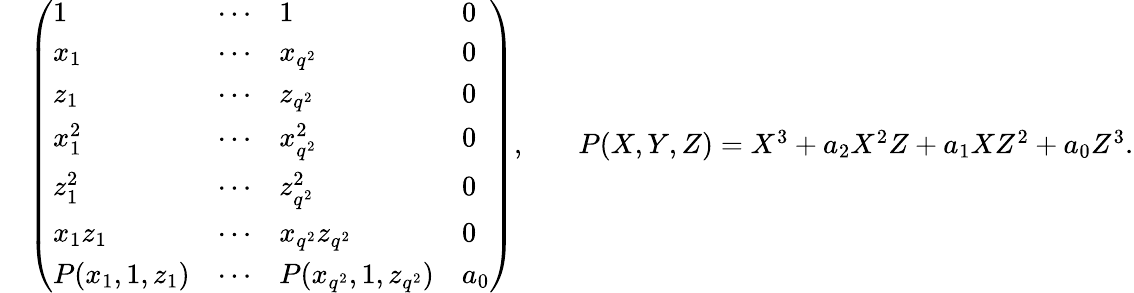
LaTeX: \begin{array}{rlrl}&{\left(\begin{array}{llll}{1}&{\cdots}&{1}&{0}\\ {x_{1}}&{\cdots}&{x_{q^{2}}}&{0}\\ {z_{1}}&{\cdots}&{z_{q^{2}}}&{0}\\ {x_{1}^{2}}&{\cdots}&{x_{q^{2}}^{2}}&{0}\\ {z_{1}^{2}}&{\cdots}&{z_{q^{2}}^{2}}&{0}\\ {x_{1}z_{1}}&{\cdots}&{x_{q^{2}}z_{q^{2}}}&{0}\\ {P(x_{1},1,z_{1})}&{\cdots}&{P(x_{q^{2}},1,z_{q^{2}})}&{a_{0}}\end{array}\right),}&&{P(X,Y,Z)=X^{3}+a_{2}X^{2}Z+a_{1}XZ^{2}+a_{0}Z^{3}.}\end{array}